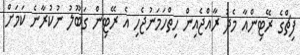
ފިޗްގެ ރޭޓިންއާ މެދު ރާއްޖެއިން ހިތްހަމަނުޖެހި އެ ރޭޓިން ގަބޫލު ނުކުރާނެ ކަމަށް